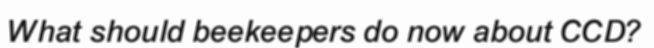
What should beekeepers do now about CCD?